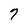
Character: 7